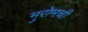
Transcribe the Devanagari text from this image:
मुरोमची